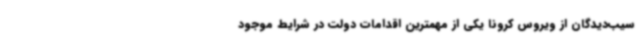
سیب‌دیدگان از ویروس کرونا یکی از مهمترین اقدامات دولت در شرایط موجود